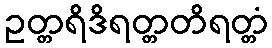
ဥတ္တရိဒိရတ္တတိရတ္တံ